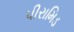
પીરામિડ